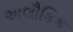
અલૌકિક